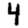
Digit: 4